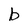
Character: b